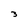
Character: 3